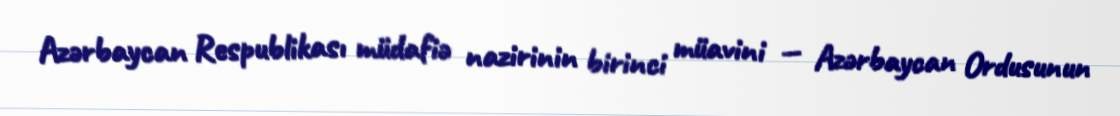
Azərbaycan Respublikası müdafiə nazirinin birinci müavini — Azərbaycan Ordusunun